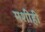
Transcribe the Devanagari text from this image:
मशीही